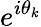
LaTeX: e^{i\theta_{k}}